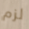
لزم